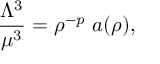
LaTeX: \frac { \Lambda ^ { 3 } } { \mu ^ { 3 } } = \rho ^ { - p } ~ a ( \rho ) ,